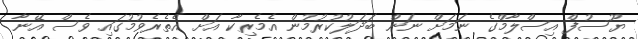
ޔޫސުފް އިސްލާމްގެ ނަމަށް ނަން ބަދަލުކުރުމުން އެމެރިކާ އަށް އެތެރެވުމުގައި ވެސް އޭނާ